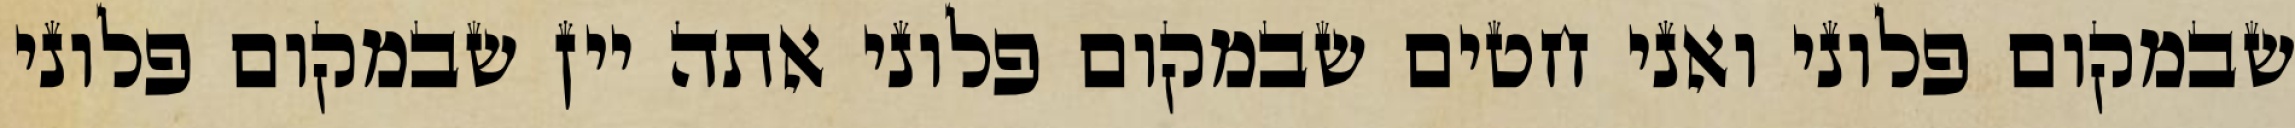
שבמקום פלוני ואני חטים שבמקום פלוני אתה יין שבמקום פלוני